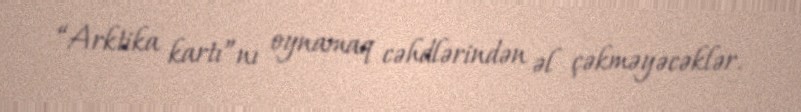
“Arktika kartı”nı oynamaq cəhdlərindən əl çəkməyəcəklər.